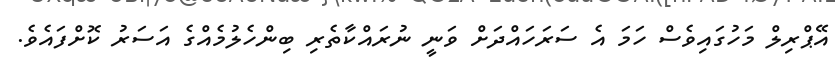
އޭޕްރިލް މަހުގައިވެސް ހަމަ އެ ސަރަހައްދަށް ވަނީ ނުރައްކާތެރި ބިންހެލުމެއްގެ އަސަރު ކޮށްފައެވެ.